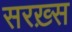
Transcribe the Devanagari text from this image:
सरख़्स